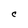
Character: C